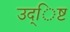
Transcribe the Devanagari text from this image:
उद्िष्ट